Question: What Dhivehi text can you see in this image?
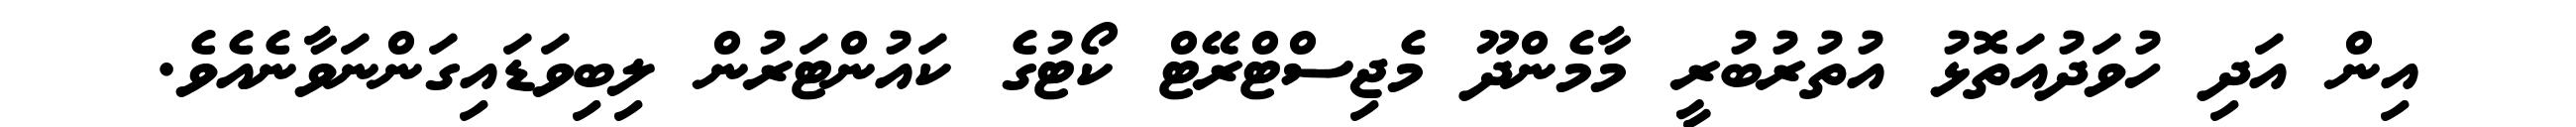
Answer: އިން އަދި ހުވަދުއަތޮޅު އުތުރުބުރީ މާމެންދޫ މެޖިސްޓްރޭޓް ކޯޓުގެ ކައުންޓަރުން ލިބިވަޑައިގަންނަވާނެއެވެ.